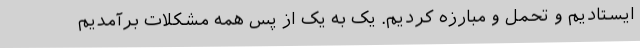
ایستادیم و تحمل و مبارزه کردیم. یک به یک از پس همه مشکلات برآمدیم